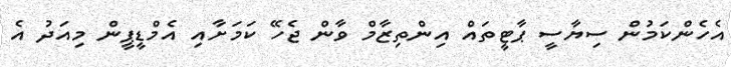
އެހެންކަމުން ސިޔާސީ ޕާޓީތައް އިންތިޒާމް ވާން ޖެހޭ ކަމަށާއި އެމްޑީޕީން މިއަދު އެ